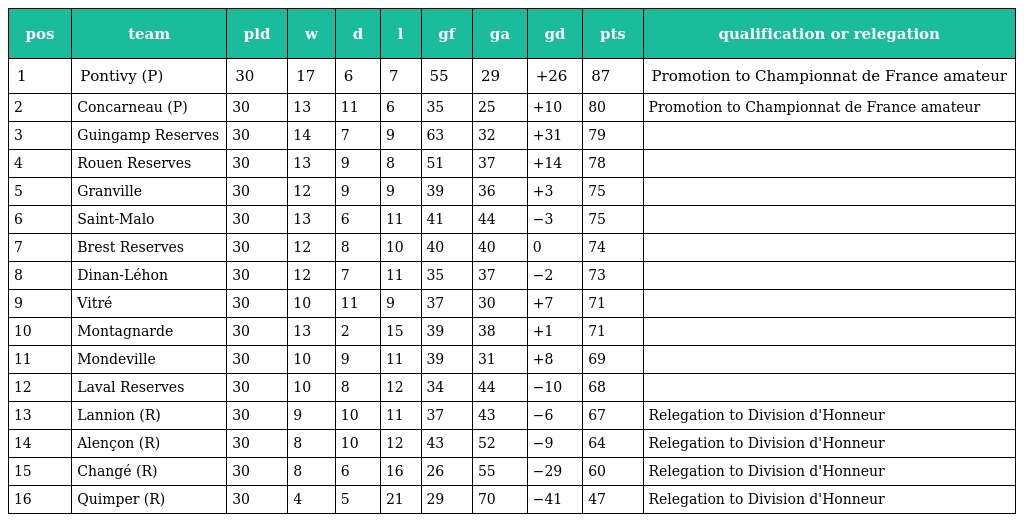
| pos | team | pld | w | d | l | gf | ga | gd | pts | qualification or relegation |
 | --- | --- | --- | --- | --- | --- | --- | --- | --- | --- | --- |
 | 1 | Pontivy (P) | 30 | 17 | 6 | 7 | 55 | 29 | +26 | 87 | Promotion to Championnat de France amateur |
 | 2 | Concarneau (P) | 30 | 13 | 11 | 6 | 35 | 25 | +10 | 80 | Promotion to Championnat de France amateur |
 | 3 | Guingamp Reserves | 30 | 14 | 7 | 9 | 63 | 32 | +31 | 79 |  |
 | 4 | Rouen Reserves | 30 | 13 | 9 | 8 | 51 | 37 | +14 | 78 |  |
 | 5 | Granville | 30 | 12 | 9 | 9 | 39 | 36 | +3 | 75 |  |
 | 6 | Saint-Malo | 30 | 13 | 6 | 11 | 41 | 44 | −3 | 75 |  |
 | 7 | Brest Reserves | 30 | 12 | 8 | 10 | 40 | 40 | 0 | 74 |  |
 | 8 | Dinan-Léhon | 30 | 12 | 7 | 11 | 35 | 37 | −2 | 73 |  |
 | 9 | Vitré | 30 | 10 | 11 | 9 | 37 | 30 | +7 | 71 |  |
 | 10 | Montagnarde | 30 | 13 | 2 | 15 | 39 | 38 | +1 | 71 |  |
 | 11 | Mondeville | 30 | 10 | 9 | 11 | 39 | 31 | +8 | 69 |  |
 | 12 | Laval Reserves | 30 | 10 | 8 | 12 | 34 | 44 | −10 | 68 |  |
 | 13 | Lannion (R) | 30 | 9 | 10 | 11 | 37 | 43 | −6 | 67 | Relegation to Division d'Honneur |
 | 14 | Alençon (R) | 30 | 8 | 10 | 12 | 43 | 52 | −9 | 64 | Relegation to Division d'Honneur |
 | 15 | Changé (R) | 30 | 8 | 6 | 16 | 26 | 55 | −29 | 60 | Relegation to Division d'Honneur |
 | 16 | Quimper (R) | 30 | 4 | 5 | 21 | 29 | 70 | −41 | 47 | Relegation to Division d'Honneur |